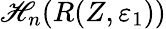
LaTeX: \mathscr{H}_{n}(R(Z,\varepsilon_{1}))